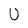
Character: U